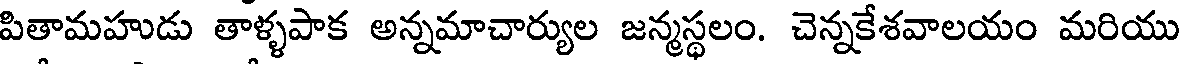
పితామహుడు తాళ్ళపాక అన్నమాచార్యుల జన్మస్థలం. చెన్నకేశవాలయం మరియు